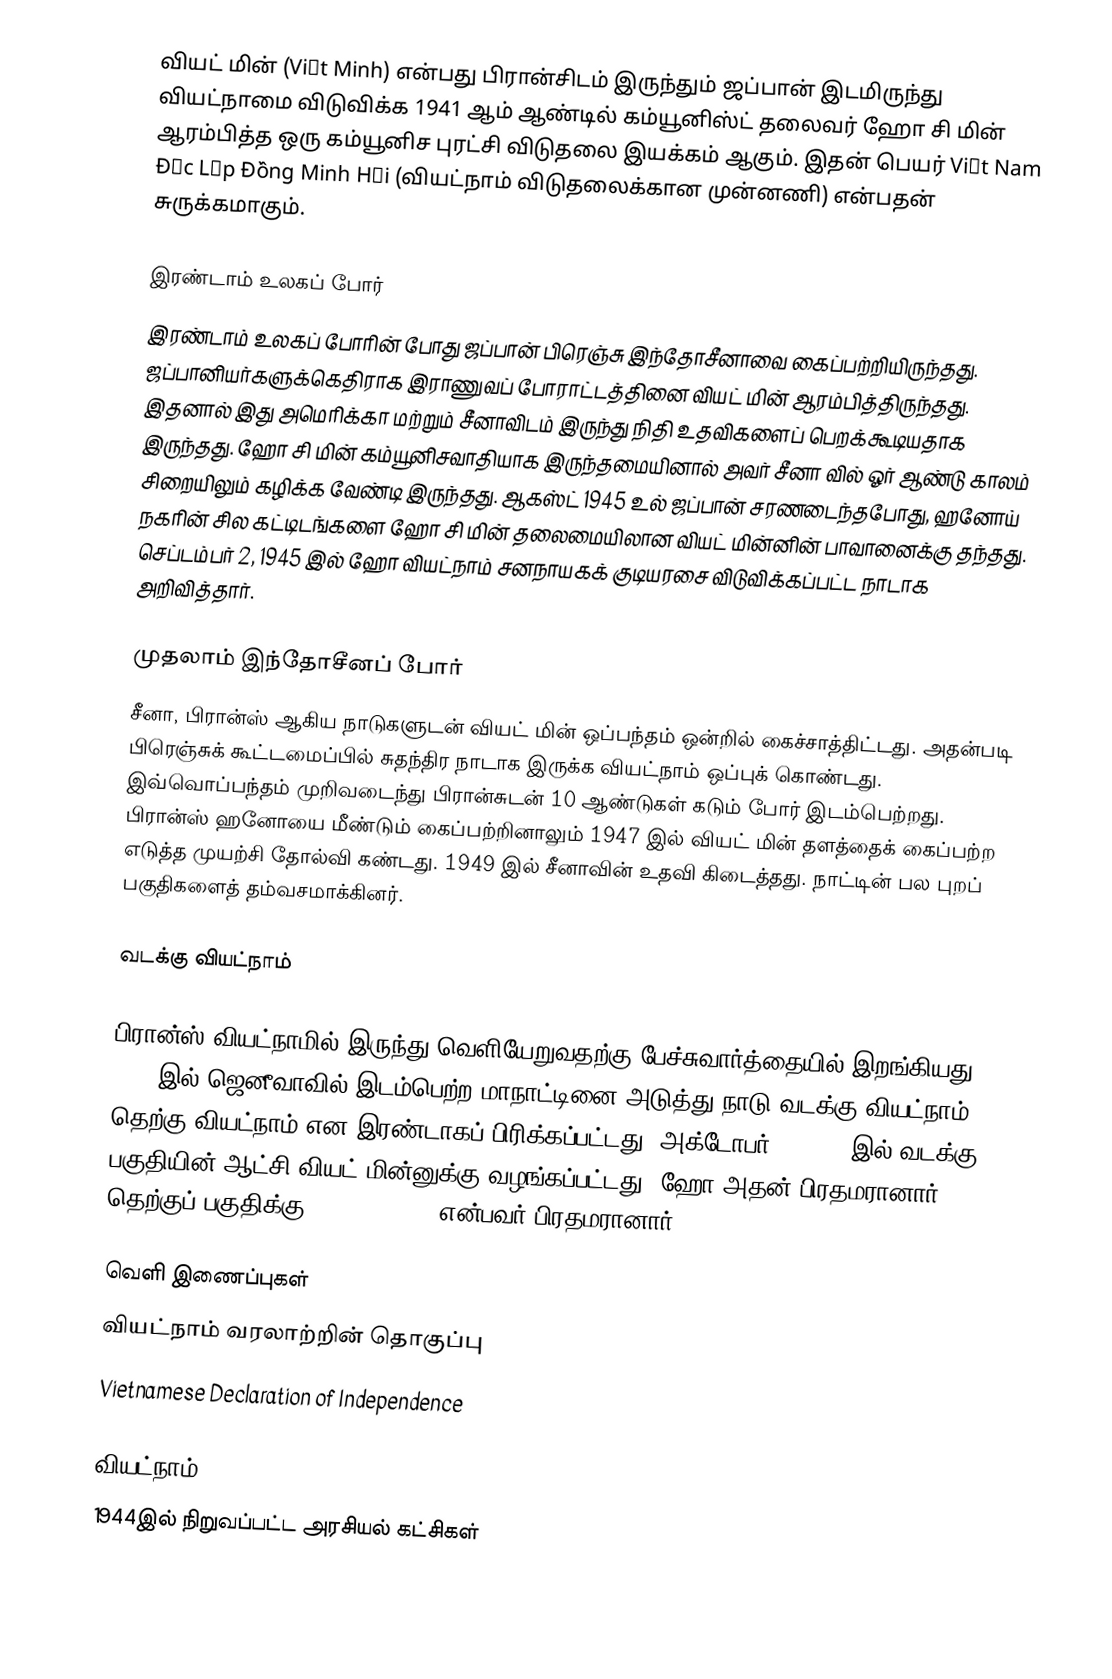
வியட் மின் (Việt Minh) என்பது பிரான்சிடம் இருந்தும் ஜப்பான் இடமிருந்து வியட்நாமை விடுவிக்க 1941 ஆம் ஆண்டில் கம்யூனிஸ்ட் தலைவர் ஹோ சி மின் ஆரம்பித்த ஒரு கம்யூனிச புரட்சி விடுதலை இயக்கம் ஆகும். இதன் பெயர் Việt Nam Ðộc Lập Ðồng Minh Hội (வியட்நாம் விடுதலைக்கான முன்னணி) என்பதன் சுருக்கமாகும்.

இரண்டாம் உலகப் போர்
இரண்டாம் உலகப் போரின் போது ஜப்பான் பிரெஞ்சு இந்தோசீனாவை கைப்பற்றியிருந்தது. ஜப்பானியர்களுக்கெதிராக இராணுவப் போராட்டத்தினை வியட் மின் ஆரம்பித்திருந்தது. இதனால் இது அமெரிக்கா மற்றும் சீனாவிடம் இருந்து நிதி உதவிகளைப் பெறக்கூடியதாக இருந்தது. ஹோ சி மின் கம்யூனிசவாதியாக இருந்தமையினால் அவர் சீனா வில் ஓர் ஆண்டு காலம் சிறையிலும் கழிக்க வேண்டி இருந்தது. ஆகஸ்ட் 1945 உல் ஜப்பான் சரணடைந்தபோது, ஹனோய் நகரின் சில கட்டிடங்களை ஹோ சி மின் தலைமையிலான வியட் மின்னின் பாவானைக்கு தந்தது. செப்டம்பர் 2, 1945 இல் ஹோ வியட்நாம் சனநாயகக் குடியரசை விடுவிக்கப்பட்ட நாடாக அறிவித்தார்.

முதலாம் இந்தோசீனப் போர்
சீனா, பிரான்ஸ் ஆகிய நாடுகளுடன் வியட் மின் ஒப்பந்தம் ஒன்றில் கைச்சாத்திட்டது. அதன்படி பிரெஞ்சுக் கூட்டமைப்பில் சுதந்திர நாடாக இருக்க வியட்நாம் ஒப்புக் கொண்டது. இவ்வொப்பந்தம் முறிவடைந்து பிரான்சுடன் 10 ஆண்டுகள் கடும் போர் இடம்பெற்றது. பிரான்ஸ் ஹனோயை மீண்டும் கைப்பற்றினாலும் 1947 இல் வியட் மின் தளத்தைக் கைப்பற்ற எடுத்த முயற்சி தோல்வி கண்டது. 1949 இல் சீனாவின் உதவி கிடைத்தது. நாட்டின் பல புறப் பகுதிகளைத் தம்வசமாக்கினர்.

வடக்கு வியட்நாம்

பிரான்ஸ் வியட்நாமில் இருந்து வெளியேறுவதற்கு பேச்சுவார்த்தையில் இறங்கியது. 1954 இல் ஜெனீவாவில் இடம்பெற்ற மாநாட்டினை அடுத்து நாடு வடக்கு வியட்நாம், தெற்கு வியட்நாம் என இரண்டாகப் பிரிக்கப்பட்டது. அக்டோபர் 11 1954 இல் வடக்கு பகுதியின் ஆட்சி வியட் மின்னுக்கு வழங்கப்பட்டது. ஹோ அதன் பிரதமரானார். தெற்குப் பகுதிக்கு Ngo Dinh Diem என்பவர் பிரதமரானார்.

வெளி இணைப்புகள்
 வியட்நாம் வரலாற்றின் தொகுப்பு
 Vietnamese Declaration of Independence

வியட்நாம்
1944இல் நிறுவப்பட்ட அரசியல் கட்சிகள்